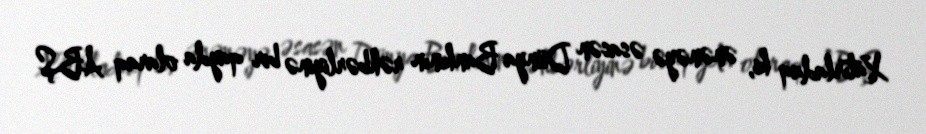
Xatırladaq ki, ənənəyə əsasən Dünya Bankının rəhbərliyinə bir qayda olaraq ABŞ